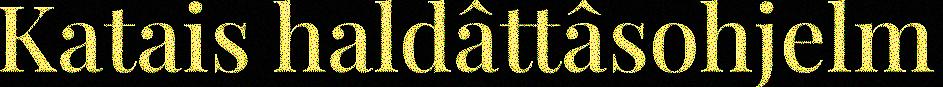
Katais haldâttâsohjelm